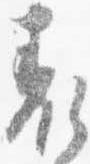
表